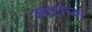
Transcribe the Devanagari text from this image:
भाटांच्या